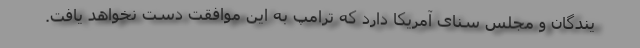
یندگان و مجلس سنای آمریکا دارد که ترامپ به این موافقت دست نخواهد یافت.